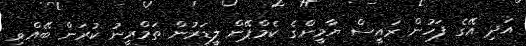
އަދި އޭގެ ފަހުން ރައީސް ޔާމީންގެ ކެމްޕޭން ލީޑަރުން ތަމްރީނު ކުރަން ބޭއްވި